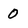
Character: 0